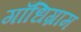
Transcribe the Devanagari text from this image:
गाँधिग्राम